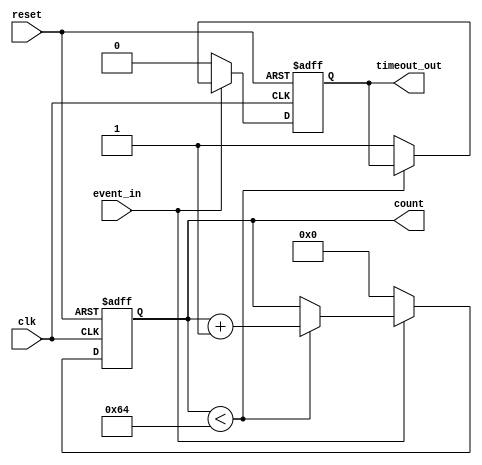
module timeout_counter #(
    parameter COUNTER_WIDTH = 8, // Width of the counter (in bits)
    parameter TIMEOUT_THRESHOLD = 100 // Predefined time-out threshold
)(
    input wire clk,             // Clock signal
    input wire reset,           // Reset signal (active high)
    input wire event_in,        // Event signal
    output reg [COUNTER_WIDTH-1:0] count, // Current count value
    output reg timeout_out      // Time-out signal
);

// Sequential logic for the counter
always @(posedge clk or posedge reset) begin
    if (reset) begin
        count <= 0;           // Reset counter to zero
        timeout_out <= 0;     // Reset time-out signal
    end else begin
        if (event_in) begin
            if (count < TIMEOUT_THRESHOLD) begin
                count <= count + 1; // Increment counter
            end else begin
                timeout_out <= 1; // Assert time-out signal
            end
        end else begin
            count <= 0;         // Reset counter if event is inactive
            timeout_out <= 0;   // Deassert time-out signal
        end
    end
end

endmodule